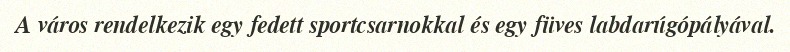
A város rendelkezik egy fedett sportcsarnokkal és egy füves labdarúgópályával.